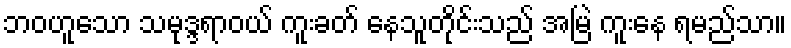
ဘဝဟူသော သမုဒ္ဒရာဝယ် ကူးခတ် နေသူတိုင်းသည် အမြဲ ကူးနေ ရမည်သာ။